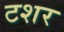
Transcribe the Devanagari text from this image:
टशर